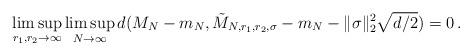
LaTeX: \begin{align*} \limsup_{r_1, r_2 \to\infty} \limsup_{N\to \infty} d(M_{N} - m_N, \tilde{M}_{N, r_1, r_2, \sigma} - m_N - \|\sigma\|_2^2\sqrt{d/2} )= 0 \,.\end{align*}